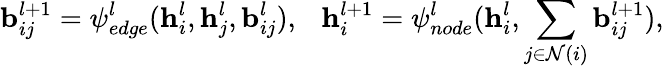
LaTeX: \mathbf{b}_{ij}^{l+1}=\psi_{edge}^{l}(\mathbf{h}_{i}^{l},\mathbf{h}_{j}^{l},\mathbf{b}_{ij}^{l}),~~~\mathbf{h}_{i}^{l+1}=\psi_{node}^{l}(\mathbf{h}_{i}^{l},\sum_{j\in\mathcal{N}(i)}{\mathbf{b}_{ij}^{l+1}}),